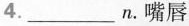
4. ___ n.嘴唇